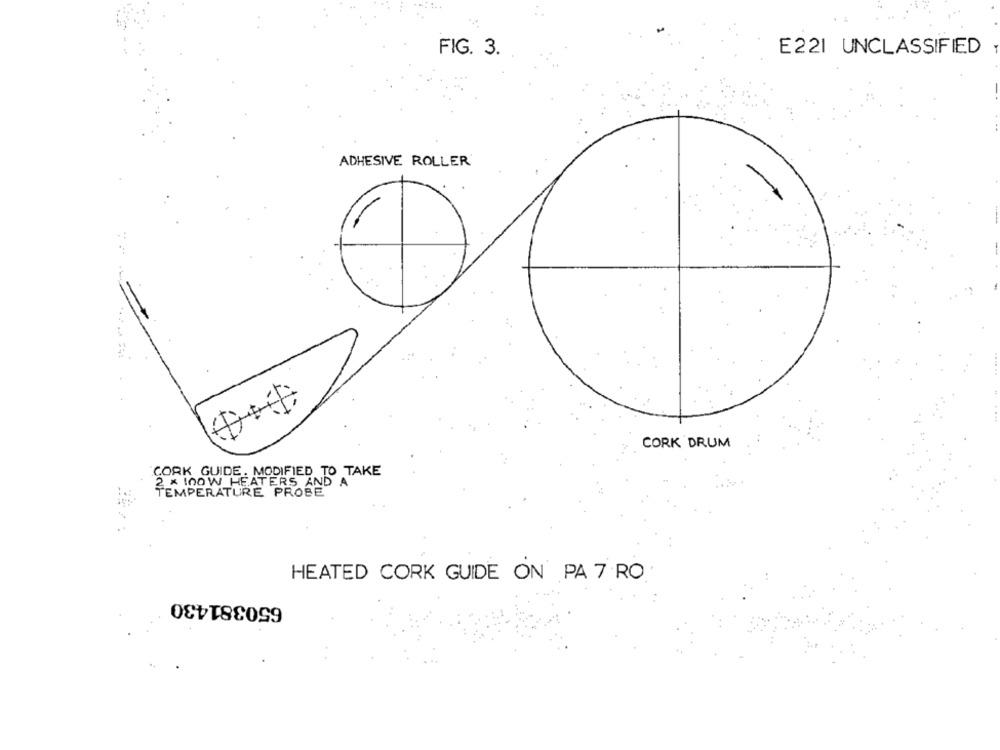
FIG. 3.
E221 UNCLASSIFIED
ADHESIVE ROLLER
CORK DRUM
CORK GUIDE. MODIFIED TO TAKE
2 × 100W HEATERS AND A
TEMPERATURE PROBE
HEATED CORK GUIDE ON PA 7 RO
650381430